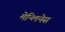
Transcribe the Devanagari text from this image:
मेन्लिनेस